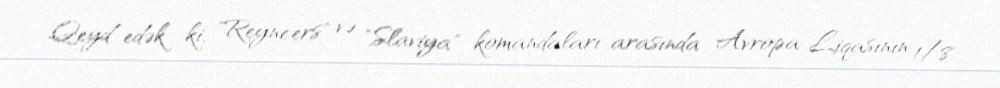
Qeyd edək ki, "Reyncers" və "Slaviya" komandaları arasında Avropa Liqasının 1/8